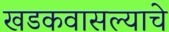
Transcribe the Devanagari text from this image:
खडकवासल्याचे